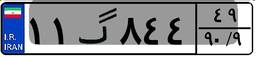
۱۱گ۸۴۴۴۹